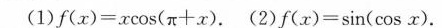
(1)$$f ( x ) = x \cos ( π + x )$$. (2)$$f ( x ) = \sin ( \cos x )$$.